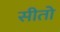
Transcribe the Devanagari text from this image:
सीतो